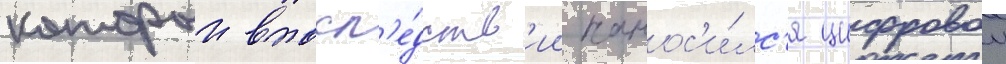
которыи впосл'е́дств'ии нанос'и́лс'я цифровои